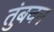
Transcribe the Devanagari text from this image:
तुंबवन